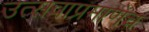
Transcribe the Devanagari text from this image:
उत्सवाप्रमाणेच